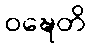
ဝဍ္ဎေတိ